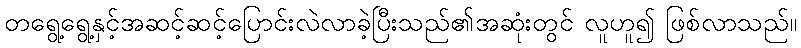
တရွေ့ရွေ့နှင့်အဆင့်ဆင့်ပြောင်းလဲလာခဲ့ပြီးသည်၏အဆုံးတွင် လူဟူ၍ ဖြစ်လာသည်။